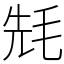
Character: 𣭡